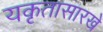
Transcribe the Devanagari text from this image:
यकृतासारखे